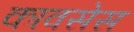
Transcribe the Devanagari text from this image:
कावसेस